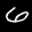
Label: 6